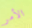
الأمر